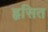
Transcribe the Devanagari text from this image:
हृसित